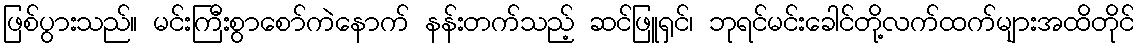
ဖြစ်ပွားသည်။ မင်းကြီးစွာစော်ကဲနောက် နန်းတက်သည့် ဆင်ဖြူရှင်၊ ဘုရင်မင်းခေါင်တို့လက်ထက်များအထိတိုင်